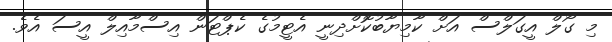
މި ގޯލް އީގަލްސް އަށް ކާމިޔާބުކޮށްދިނީ އެޓީމުގެ ކެޕްޓަން އިސްމާއިލް އީސަ އެވެ.